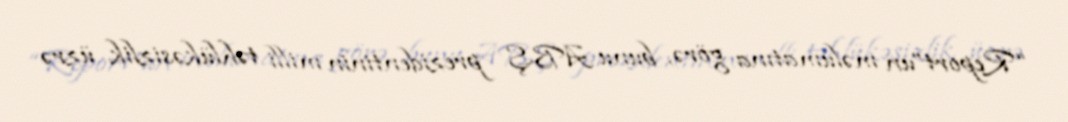
“Report”un məlumatına görə, bunu ABŞ prezidentinin milli təhlükəsizlik üzrə